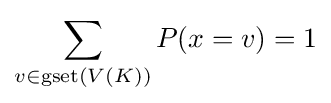
\sum _{v\in \operatorname {gset} (V(K))}P(x=v)=1